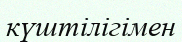
күштілігімен